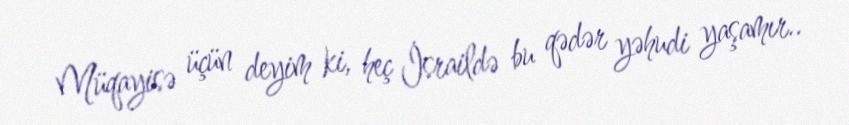
Müqayisə üçün deyim ki, heç İsraildə bu qədər yəhudi yaşamır..